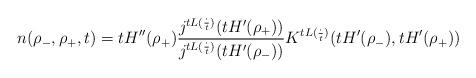
LaTeX: \begin{align*}n(\rho_{-},\rho_{+},t)=tH''(\rho_{+})\frac{j^{tL(\frac{\cdot}{t})}(tH'(\rho_{+}))}{j^{tL(\frac{\cdot}{t})}(tH'(\rho_{-}))}K^{tL(\frac{\cdot}{t})}(tH'(\rho_{-}),tH'(\rho_{+}))\end{align*}